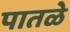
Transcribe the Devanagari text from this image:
पातळे